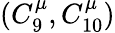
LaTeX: (C_{9}^{\mu},C_{10}^{\mu})